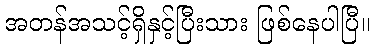
အတန်အသင့်ရှိနှင့်ပြီးသား ဖြစ်နေပါပြီ။